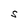
Character: s